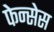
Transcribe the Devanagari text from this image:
फेन्सेस